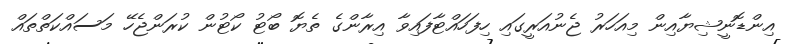
އިންޑޮނީޝިޔާއިން މިއަހަރު ޖެނުއަރީގައި ހިފަހައްޓާފައިވާ އިރާންގެ ތެޔޮ ބޯޓު ކޯޓުން ކުރަންޖެހޭ މަސައްކަތްތައް